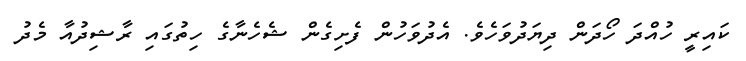
ކައިރީ ހުއްދަ ހޯދަން ދިޔަދުވަހެވެ. އެދުވަހުން ފެށިގެން ޝެހެނާގެ ހިތުގައި ރާޝިދުއާ މެދު